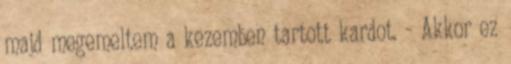
majd megemeltem a kezemben tartott kardot. - Akkor ez